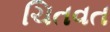
ચિતવત